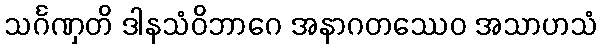
သင်္ဂဏှတိ ဒါနသံဝိဘာဂေ အနာဂတဿေဝ အသာဟသံ